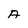
Character: A